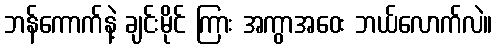
ဘန်ကောက်နဲ့ ချင်းမိုင် ကြား အကွာအဝေး ဘယ်လောက်လဲ။